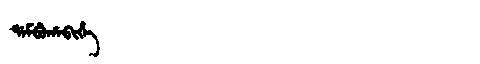
Manchu: ᡩᠠᠮᠪᡠᡥᠠᠪᡳᡥᡝ
Romanization: DAMBUHABIHE